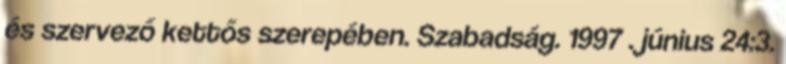
és szervező kettős szerepében. Szabadság. 1997 . június 24:3.